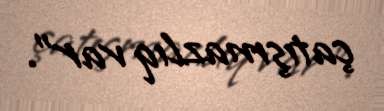
çatışmazlıq var”.